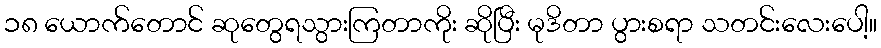
၁၈ ယောက်တောင် ဆုတွေရသွားကြတာကိုး ဆိုပြီး မုဒိတာ ပွားစရာ သတင်းလေးပေါ့။